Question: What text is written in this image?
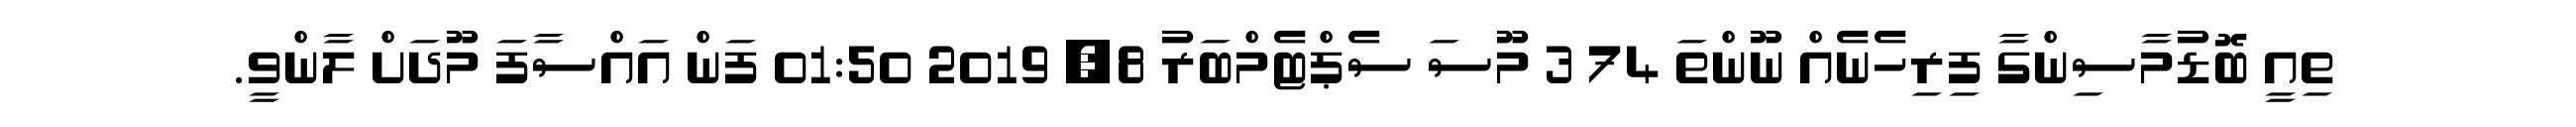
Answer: ތިއީ ބޮޑުމާސިންގާ ފިރިހެނެއް ނޫންތަ 74 3 މޫސަ ސެޕްޓެމްބަރު 8, 2019 01:50 ފަން އައްސާފަ މޫދަށް ލާންވީ.